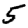
Digit: 5